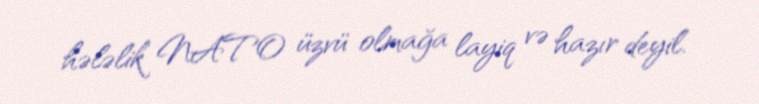
hələlik NATO üzvü olmağa layiq və hazır deyil.